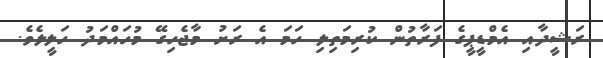
ރަޝީދާއި އެމްޑީޕީގެ ފަރާތުން ކުރިމަތިލި ހަމަ އެ ރަށު މާޖެހިގޭ މުހައްމަދު ހަލީލެވެ.